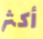
أكثر